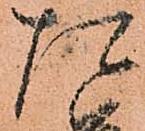
た